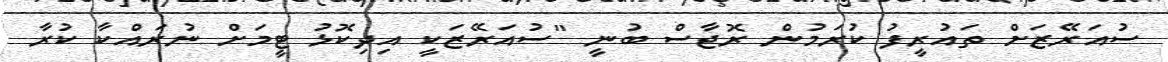
ސުއަރޭޒަށް ތައުރީފު ކުރަމުން ރޮޖާސް ބުނީ "ސުއަރޭޒަކީ އިދިކޮޅު ޓީމަށް ނުރައްކާ ކުރާ